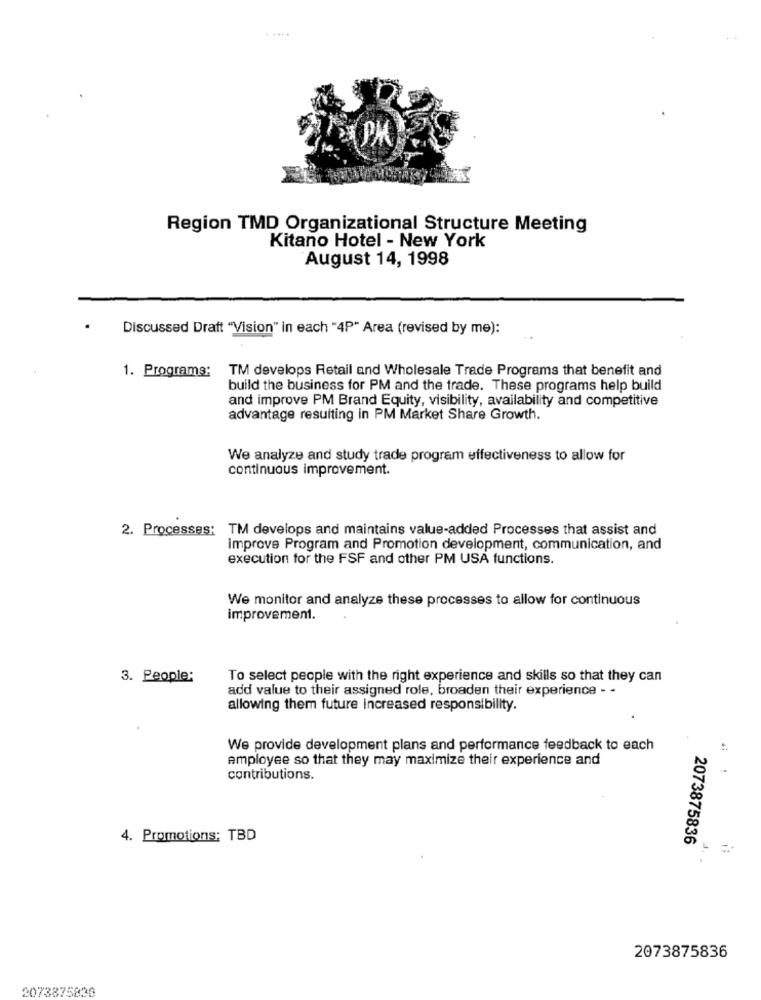
.....
Region TMD Organizational Structure Meeting
Kitano Hotel - New York
August 14, 1998
.
Discussed Draft "Vision" in each "4P" Area (revised by me):
1. Programs:
TM develops Retail and Wholesale Trade Programs that benefit and
build the business for PM and the trade. These programs help build
and improve PM Brand Equity, visibility, availability and competitive
advantage resulting in PM Market Share Growth.
We analyze and study trade program effectiveness to allow for
continuous improvement.
2. Processes: TM develops and maintains value-added Processes that assist and
improve Program and Promotion development, communication, and
execution for the FSF and other PM USA functions.
We monitor and analyze these processes to allow for continuous
improvement.
3. People:
To select people with the right experience and skills so that they can
add value to their assigned role, broaden their experience - -
allowing them future increased responsibility.
We provide development plans and performance feedback to each
employee so that they may maximize their experience and
contributions.
4. Promotions; TBD
2073875836
=
2073875836
2073875830